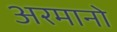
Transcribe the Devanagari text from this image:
अरमानो